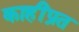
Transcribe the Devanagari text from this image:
काहींप्रत